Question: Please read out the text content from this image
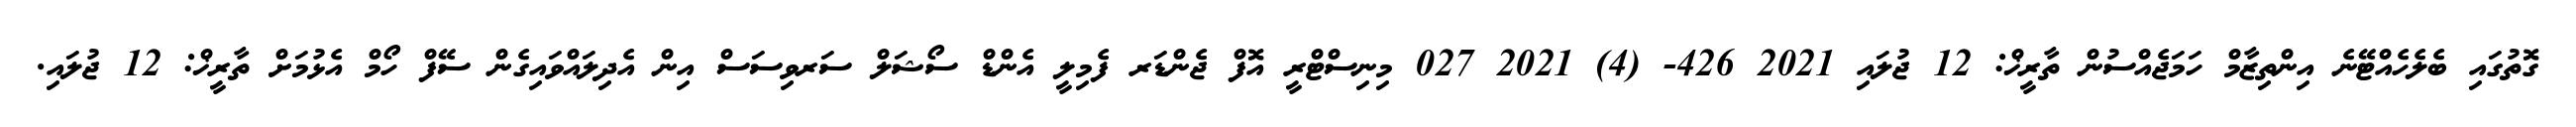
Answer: ގޮތުގައި ބެލެހެއްޓޭނެ އިންތިޒާމް ހަމަޖެއްސުން ތާރީޚް: 12 ޖުލައި 2021 426- (4) 2021 027 މިނިސްޓްރީ އޮފް ޖެންޑަރ ފެމިލީ އެންޑް ސޯޝަލް ސަރވިސަސް އިން އެދިލައްވައިގެން ސޭފް ހޯމް އެޅުމަށް ތާރީޚް: 12 ޖުލައި.